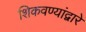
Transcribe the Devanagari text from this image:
शिकवण्यांद्वारे